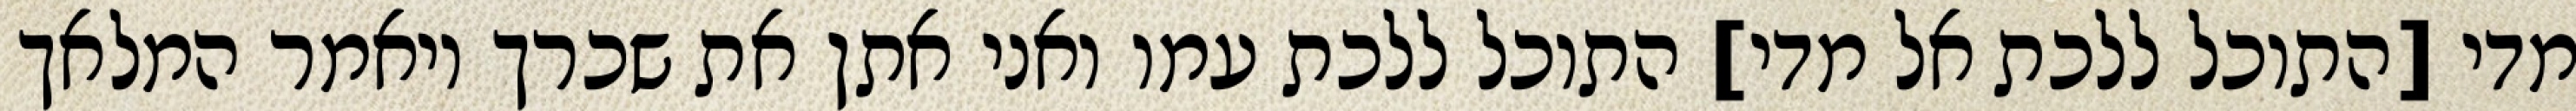
מדי [התוכל ללכת אל מדי] התוכל ללכת עמו ואני אתן את שכרך ויאמר המלאך